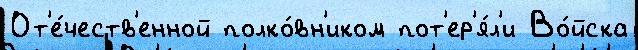
От'е́честв'енной полко́вн'иком пот'ер'я́л'и Во́йска